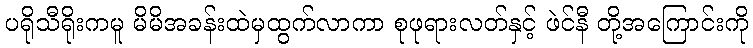
ပရိုသီရိုးကမူ မိမိအခန်းထဲမှထွက်လာကာ စုဖုရားလတ်နှင့် ဖဲင်နီ တို့အကြောင်းကို